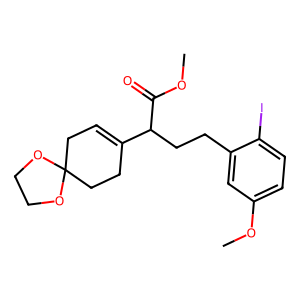
SMILES: COC(=O)C(CCc1cc(OC)ccc1I)C1=CCC2(CC1)OCCO2
Inhibits HIV replication: No